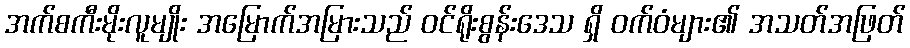
အက်စကီးမိုးလူမျိုး အမြောက်အမြားသည် ဝင်ရိုးစွန်းဒေသ ရှိ ဝက်ဝံများ၏ အသတ်အဖြတ်